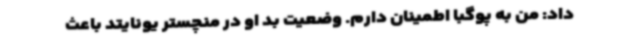
داد: من به پوگبا اطمینان دارم. وضعیت بد او در منچستر یونایتد باعث